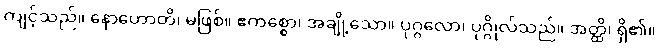
ကျင့်သည်။ နောဟောတိ၊ မဖြစ်။ ဧကစ္စော၊ အချို့သော။ ပုဂ္ဂလော၊ ပုဂ္ဂိုလ်သည်။ အတ္ထိ၊ ရှိ၏။